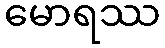
မောရဿ